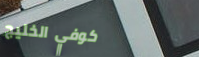
كوفي الخليج